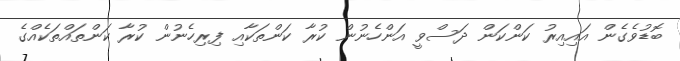
ބޮޑުވެގެން އައިއިރު ކަންކަން ދަސްވީ އަންހެނުން ކުރާ ކަންތަކާއި ފިރިހެނުން ކުރާ ކަންތައްތަކެއްގެ